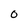
Character: O